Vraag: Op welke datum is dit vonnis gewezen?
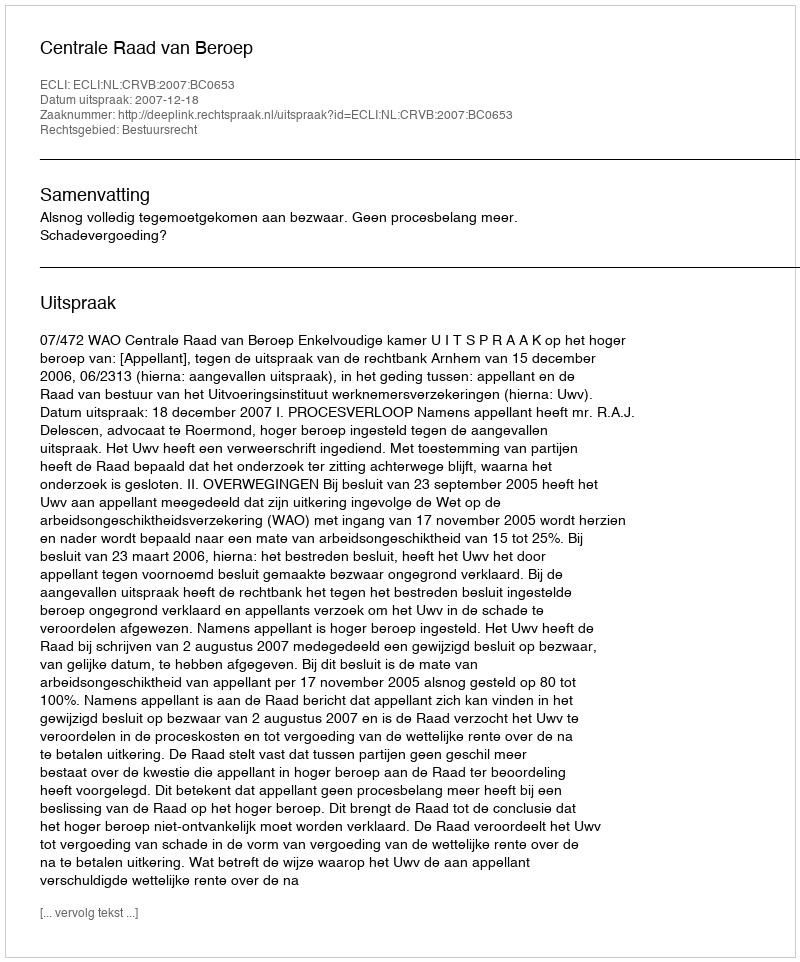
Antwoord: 2007-12-18